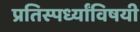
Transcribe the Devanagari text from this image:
प्रतिस्पर्ध्यांविषयी